Source: Handwritten
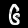
Digit: ၆ (6)